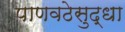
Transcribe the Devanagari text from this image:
पाणवठेसुद्धा